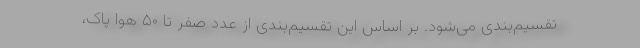
تقسیم‌بندی می‌شود. بر اساس این تقسیم‌بندی از عدد صفر تا ۵۰ هوا پاک،